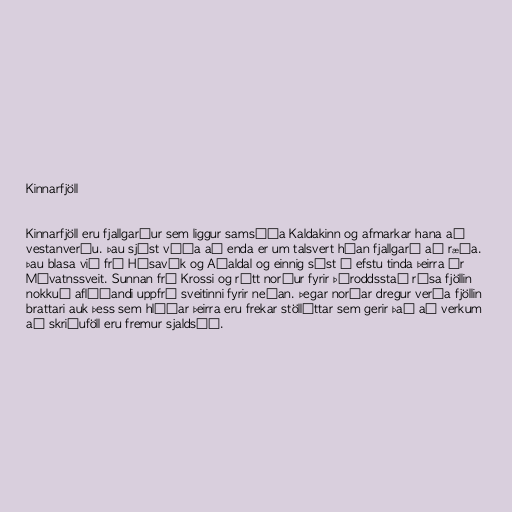
Kinnarfjöll

Kinnarfjöll eru fjallgarður sem liggur samsíða Kaldakinn og afmarkar hana að
vestanverðu. Þau sjást víða að enda er um talsvert háan fjallgarð að ræða.
Þau blasa við frá Húsavík og Aðaldal og einnig sést í efstu tinda þeirra úr
Mývatnssveit. Sunnan frá Krossi og rétt norður fyrir Þóroddsstað rísa fjöllin
nokkuð aflíðandi uppfrá sveitinni fyrir neðan. Þegar norðar dregur verða fjöllin
brattari auk þess sem hlíðar þeirra eru frekar stöllóttar sem gerir það að verkum
að skriðuföll eru fremur sjaldséð.